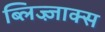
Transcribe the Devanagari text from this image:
ब्लिज्ज़ाक्स